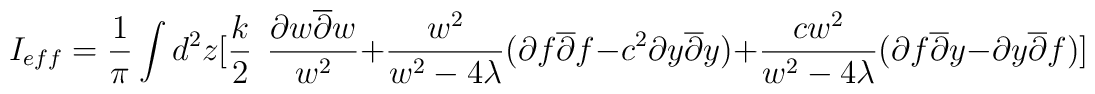
I_{eff}=\frac {1}{\pi } \int d^2z [ \frac {k}{2} \ \  \frac { \partial w\overline {\partial }w}{w^2} + \frac {w^2}{w^2 - 4 \lambda } ( \partial f \overline {\partial }f - c^2\partial y \overline {\partial } y)+ \frac  {cw^2}{w^2 -4 \lambda } (\partial f \overline {\partial } y -\partial y \overline {\partial } f )]